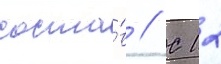
соста́в // С 12